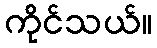
ကိုင်သယ်။